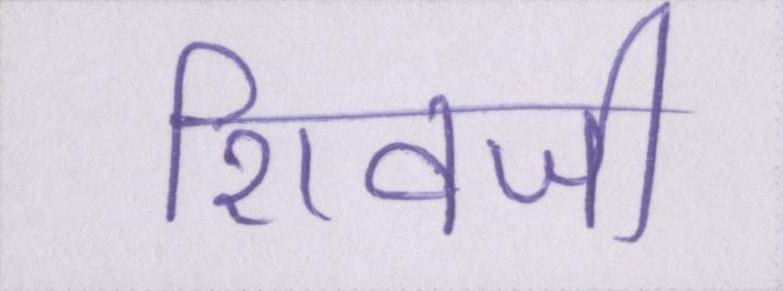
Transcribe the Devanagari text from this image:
शिवजी